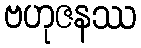
ဗဟုဇနဿ